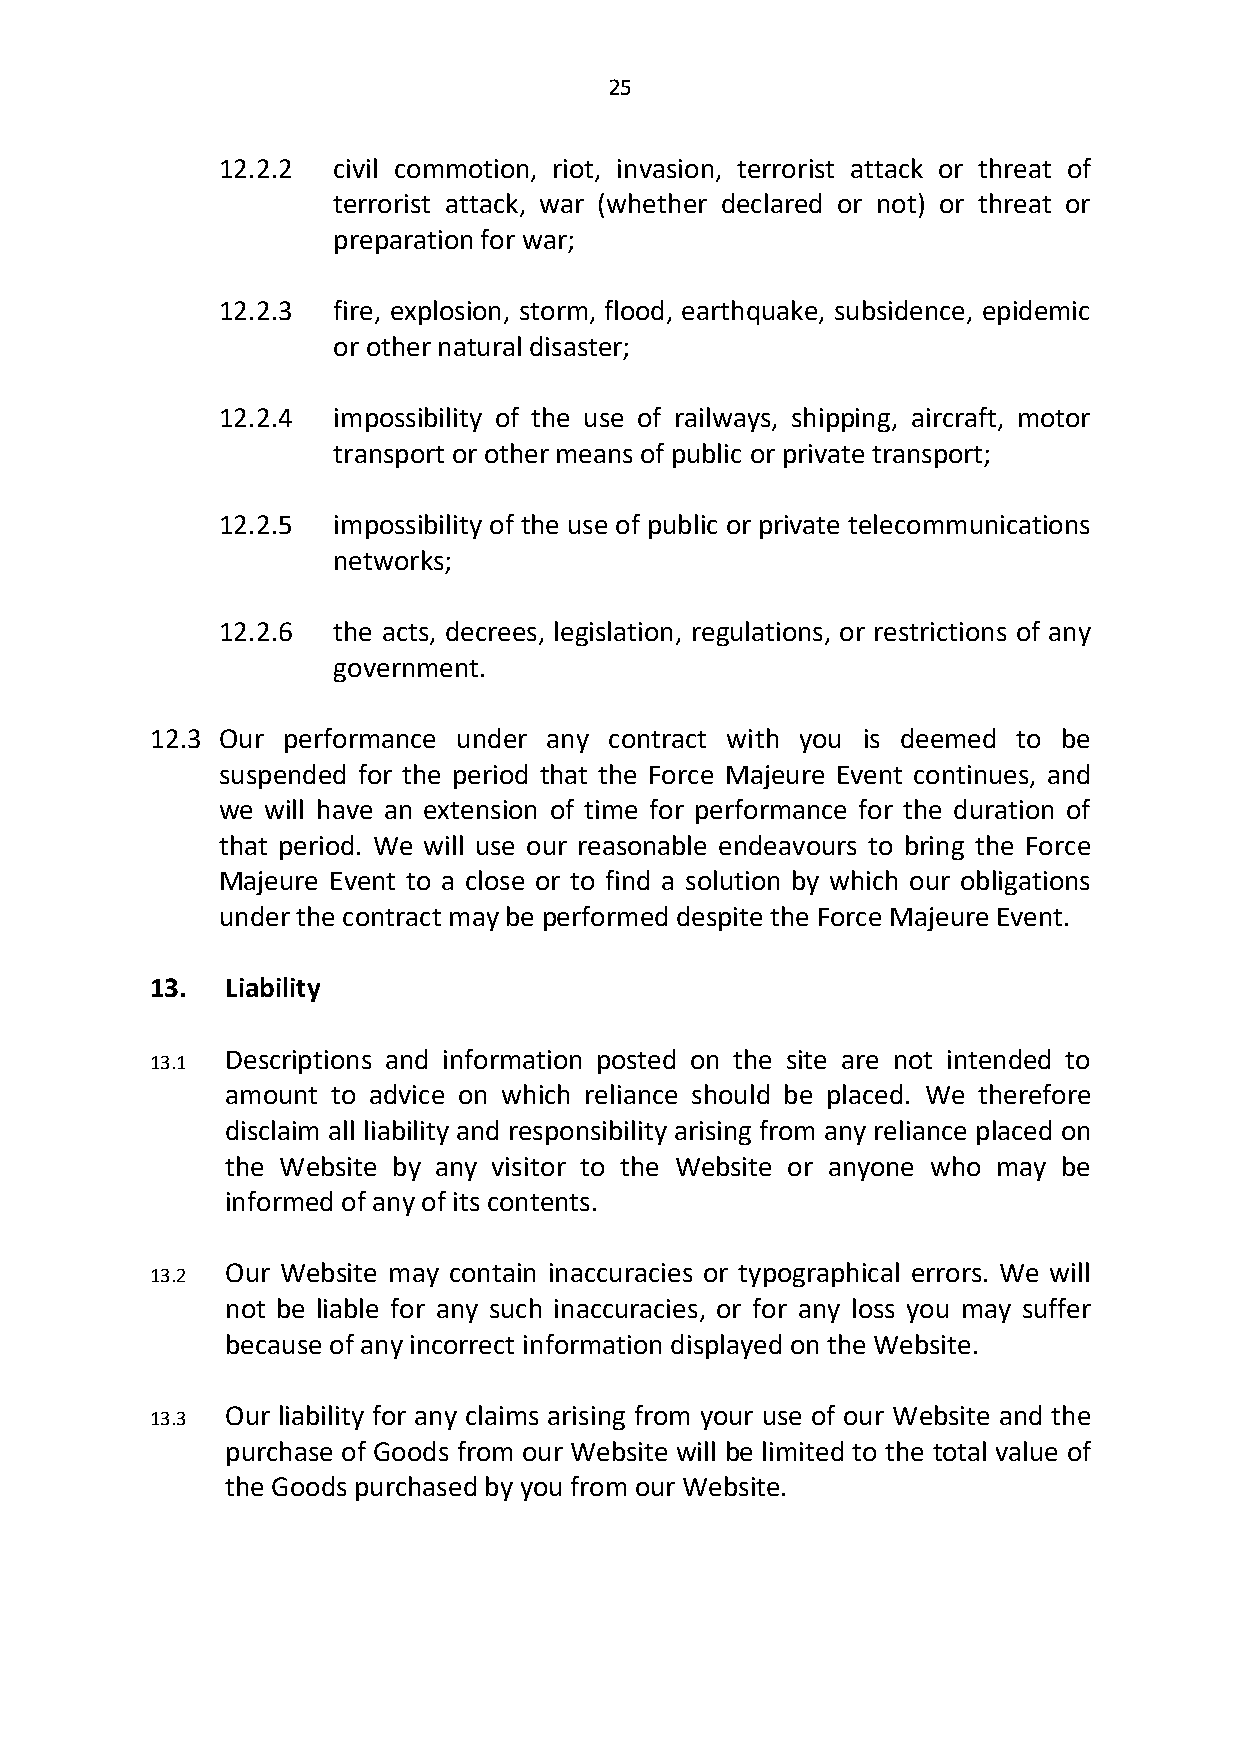
25
 12.2.2  civil commotion, riot, invasion, terrorist attack or threat of
 terrorist attack, war (whether declared or not) or threat or
 preparation for war;
 12.2.3  fire, explosion, storm, flood, earthquake, subsidence, epidemic
 or other natural disaster;
 12.2.4  impossibility of the use of railways, shipping, aircraft, motor
 transport or other means of public or private transport;
 12.2.5  impossibility of the use of public or private telecommunications
 networks;
 12.2.6  the acts, decrees, legislation, regulations, or restrictions of any
 government.
 12.3 Our performance under any contract with you is deemed to be
 suspended for the period that the Force Majeure Event continues, and
 we  will have an extension of time for performance for the duration of
 that period. We will use our reasonable endeavours to bring the Force
 Majeure Event to a close or to find a solution by which our obligations
 under the contract may be performed despite the Force Majeure Event.
 13.  Liability
 13.1
 Descriptions and information posted on the site are not intended to
 amount to advice on which reliance should be placed. We therefore
 disclaim all liability and responsibility arising from any reliance placed on
 the Website by any visitor to the Website or anyone who may be
 informed of any of its contents.
 13.2
 Our Website may contain inaccuracies or typographical errors. We will
 not be liable for any such inaccuracies, or for any loss you may suffer
 because of any incorrect information displayed on the Website.
 13.3
 Our liability for any claims arising from your use of our Website and the
 purchase of Goods from our Website will be limited to the total value of
 the Goods purchased by you from our Website.